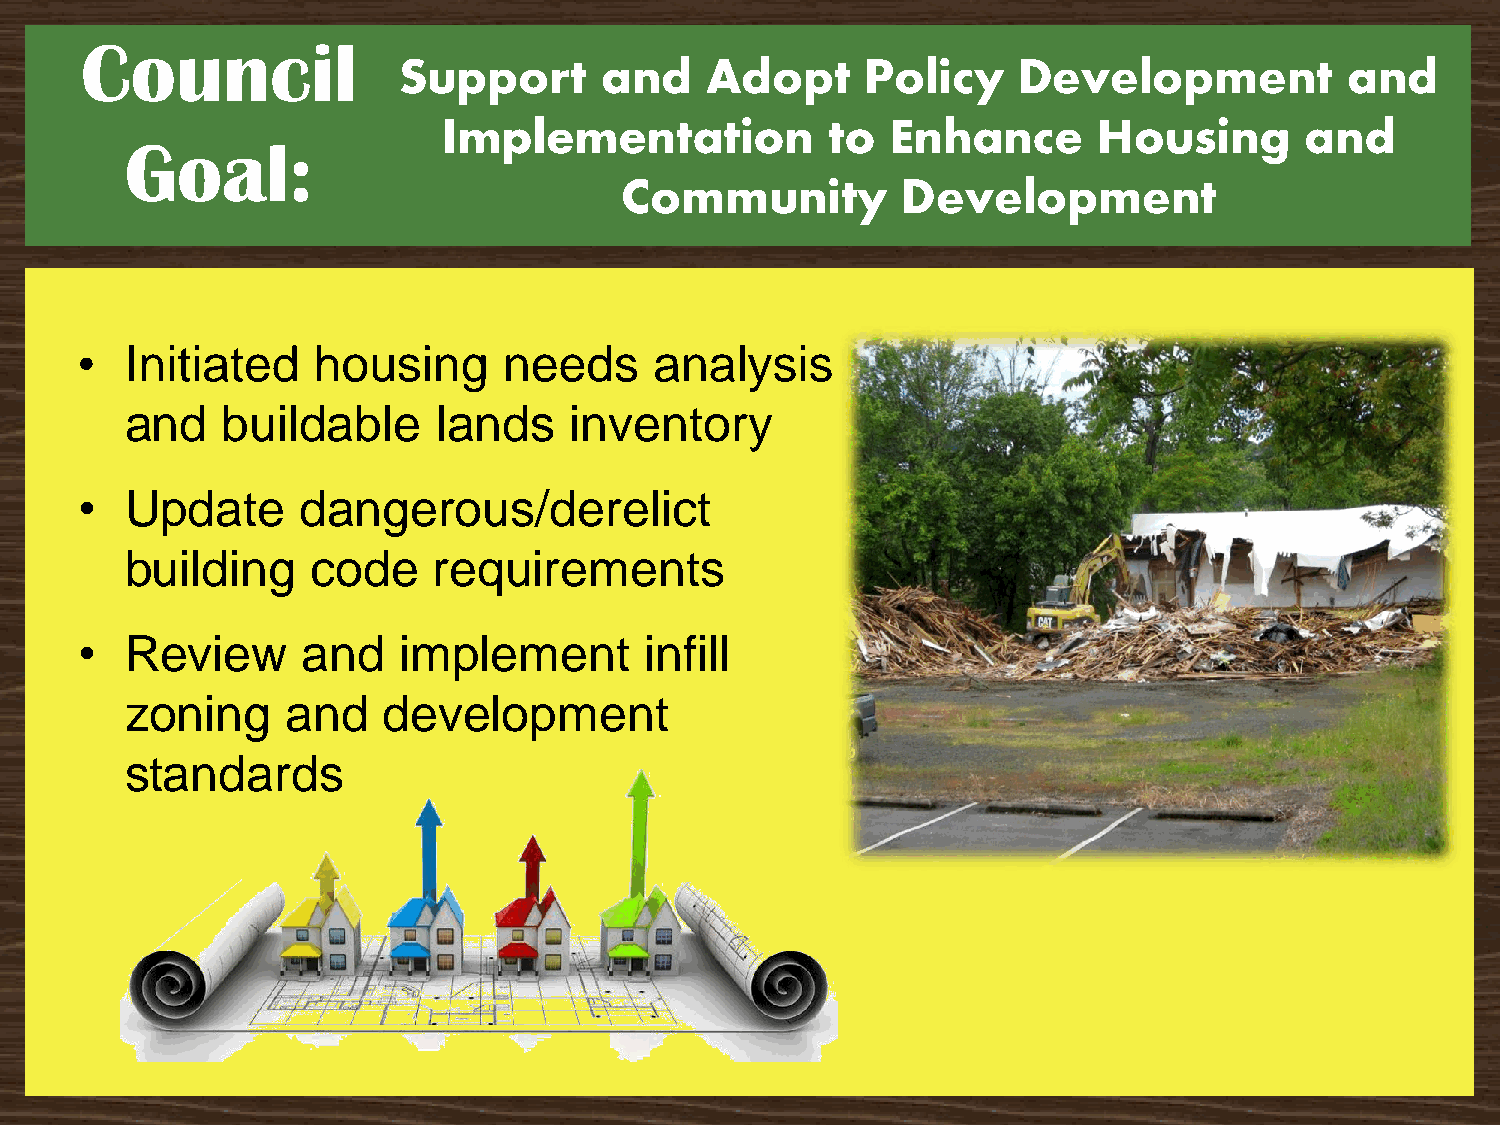
Council
 Support       and    Adopt     Policy    Development           and
 Implementation            to  Enhance       Housing      and
 Goal:
 Community          Development
 •  Initiated    housing     needs     analysis
 and    buildable     lands    inventory
 •  Update      dangerous/derelict
 building     code    requirements
 •  Review      and   implement        infill
 zoning     and   development
 standards